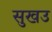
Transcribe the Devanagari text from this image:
सुखउ